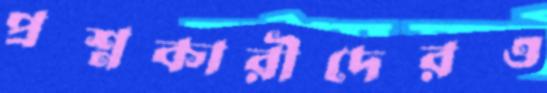
প্রশ্নকারীদেরও